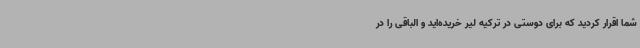
شما اقرار کردید که برای دوستی در ترکیه لیر خریده‌اید و الباقی را در